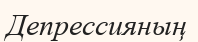
Депрессияның